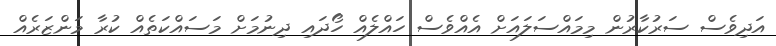
އަދިވެސް ސަރުކާރުން މިމައްސަލައަށް އެއްވެސް ހައްލެއް ހޯދައި ދިނުމަށް މަސައްކަތެއް ކުރާ މަންޒަރެއް